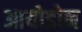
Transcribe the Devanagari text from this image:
आयोडोन